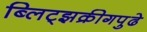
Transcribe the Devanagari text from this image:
ब्लिट्झक्रीगपुढे